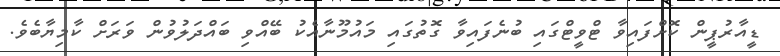
ޑީއާރުޕީން ކޮށްފައިވާ ޓްވީޓްގައި ބުނެފައިވާ ގޮތުގައި މައުމޫނާއެކު ބޭއްވި ބައްދަލުވުން ވަރަށް ކާމިޔާބެވެ.